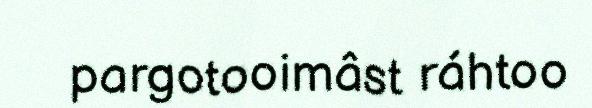
pargotooimâst ráhtoo